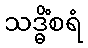
သဒ္ဓိံစရံ